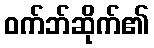
ဝက်ဘ်ဆိုက်၏